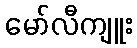
မော်လီကျူး